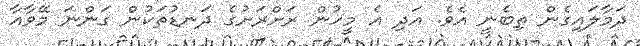
ދަމާލައިގެން ތިބެނީ އެވެ. އަދި އެ މީހުން ރަށްރަށުގެ ދަނޑުތަކުން ގަންނަ މޭވާއާ